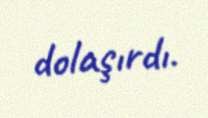
dolaşırdı.